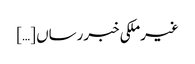
غیرملکی خبررساں […]